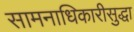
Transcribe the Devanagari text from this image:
सामनाधिकारीसुद्धा